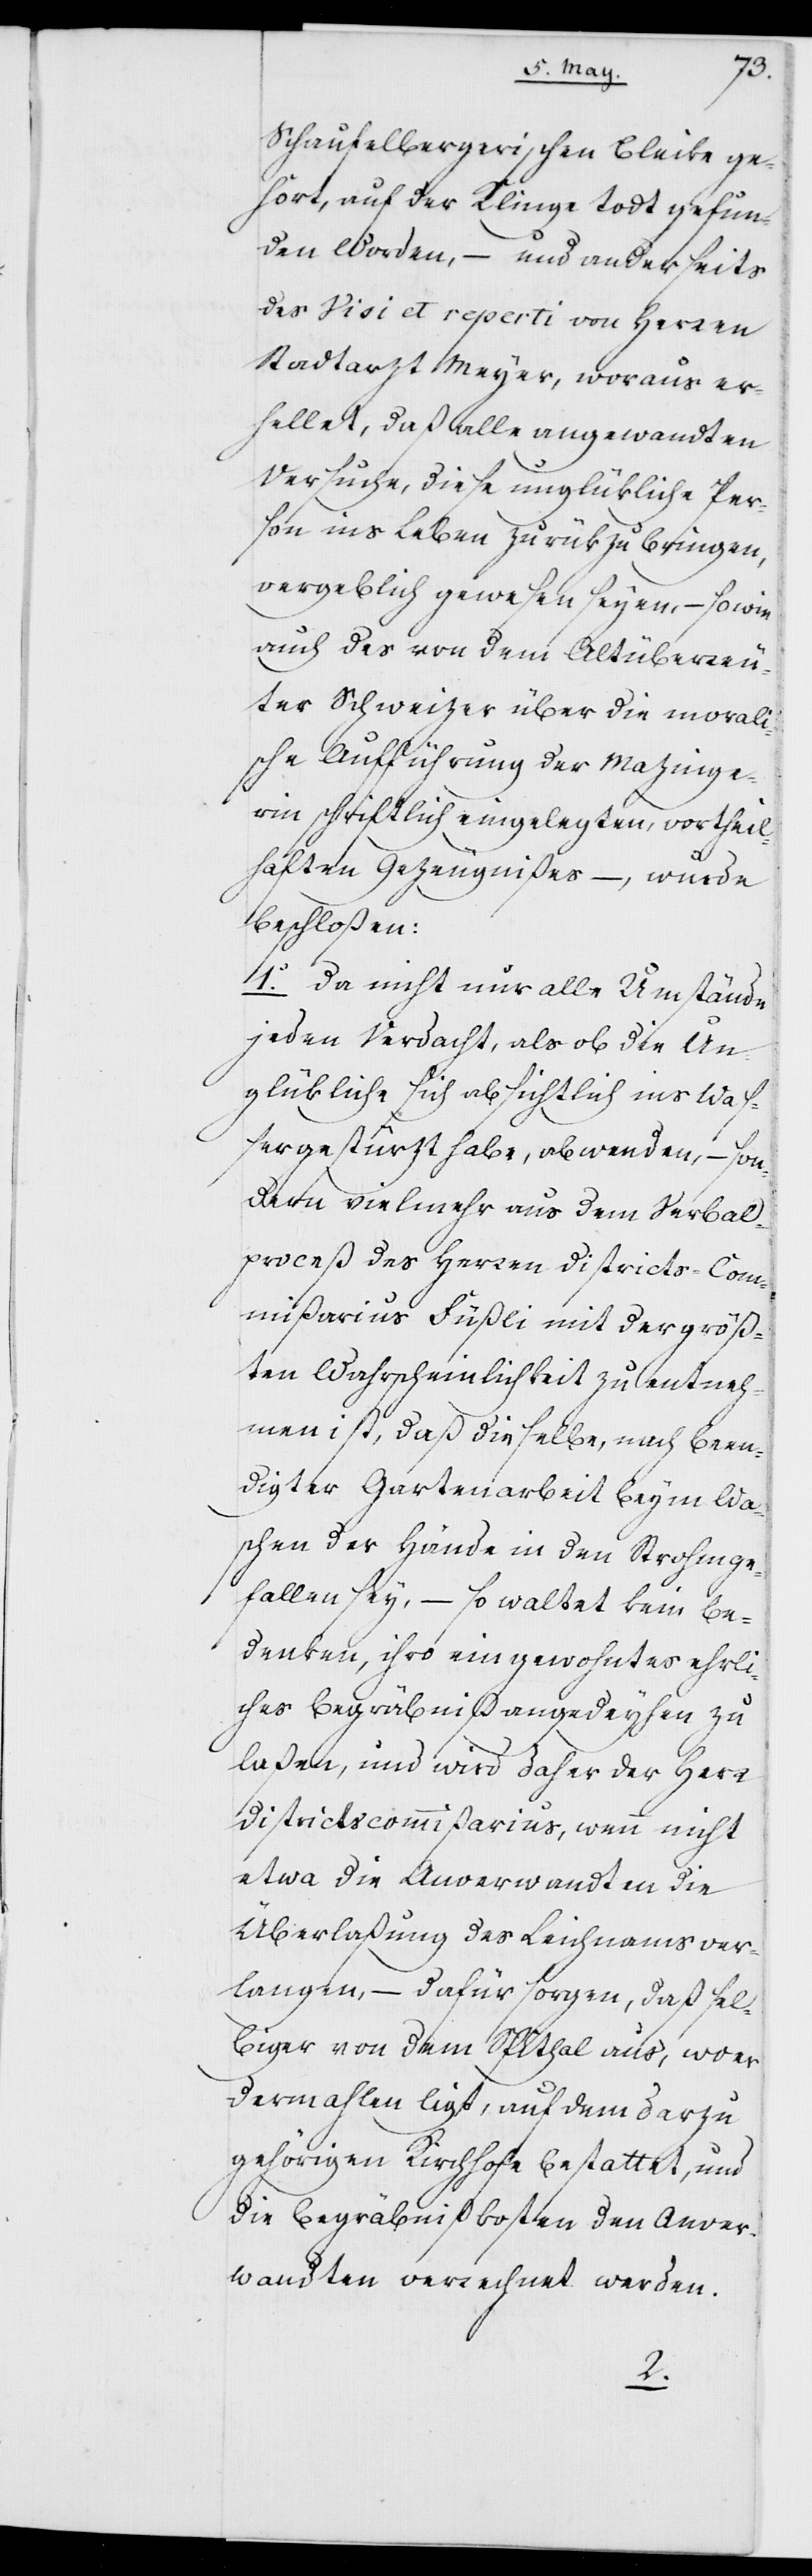
Schaufelbergischen Bleike ge¬
hört, auf der Klinge todt gefun¬
den worden, – und anderseits
des Visi et reperti von Herren
Stadtarzt Meyer, woraus er¬
hellet, daß alle angewandten
Versuche, diese unglükliche Per¬
son ins Leben zurükzubringen,
vergeblich gewesen seyen, – sowie
auch des von dem Altüberreu¬
ter Schweizer über die morali¬
sche Aufführung der Mazinge¬
rin schriftlich eingelegten, vortheil¬
haften Gezeugnißes –, wurde
beschloßen:
1. Da nicht nur alle Umstände
jeden Verdacht, als ob die Un¬
glükliche sich absichtlich ins Waß¬
er gestürzt habe, abwenden, – son¬
dern vielmehr aus dem Verbal¬
proceß des Herren Districts-Com¬
mißarius Füßli mit der größ¬
ten Wahrscheinlichkeit zu entneh¬
men ist, daß dieselbe, nach been¬
digter Gartenarbeit beym Wa¬
schen der Hände in den Strohm ge¬
fallen sey, – so waltet kein Be¬
denken, ihro ein gewohntes ehrli¬
ches Begräbniß angedeyhen zu
laßen, und wird daher der Herr
Districtscommißarius, wenn nicht
etwa die Anverwandten die
Überlaßung des Leichnams ver¬
langen, – dafür sorgen, daß sel¬
biger von dem Spithal aus, wo er
dermahlen liegt, auf dem darzu
gehörigen Kirchhofe bestattet, und
die Begräbnißkosten den Anver¬
wandten verrechnet werden.